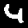
Digit: 4